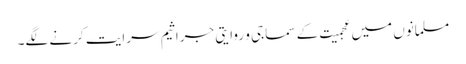
مسلمانوں میں عجمیت کے سماجی و روایتی جراثیم سرایت کرنے لگے۔